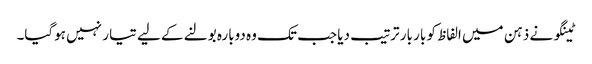
ٹینگو نے ذہن میں الفاظ کو بار بار ترتیب دیا جب تک وہ دوبارہ بولنے کے لیے تیا ر نہیں ہوگیا۔